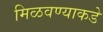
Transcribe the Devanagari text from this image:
मिळवण्याकडे